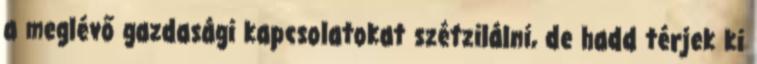
a meglévő gazdasági kapcsolatokat szétzilálni, de hadd térjek ki